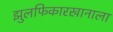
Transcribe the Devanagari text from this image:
झुलफिकारखानाला